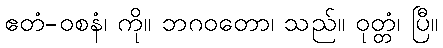
ဧတံ-ဝစနံ၊ ကို။ ဘဂဝတော၊ သည်။ ဝုတ္တံ၊ ပြီ။